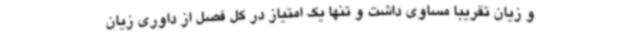
و زیان تقریبا مساوی داشت و تنها یک امتیاز در کل فصل از داوری زیان